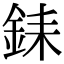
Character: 銇